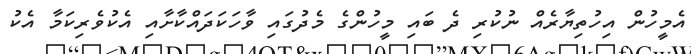
އެމީހުން އިހުތިޔާރެއް ނުކުރި ދެ ބައި މީހުންގެ މެދުގައި ވާހަކަދައްކާށާއި އެކުވެރިކަމާ އެކު